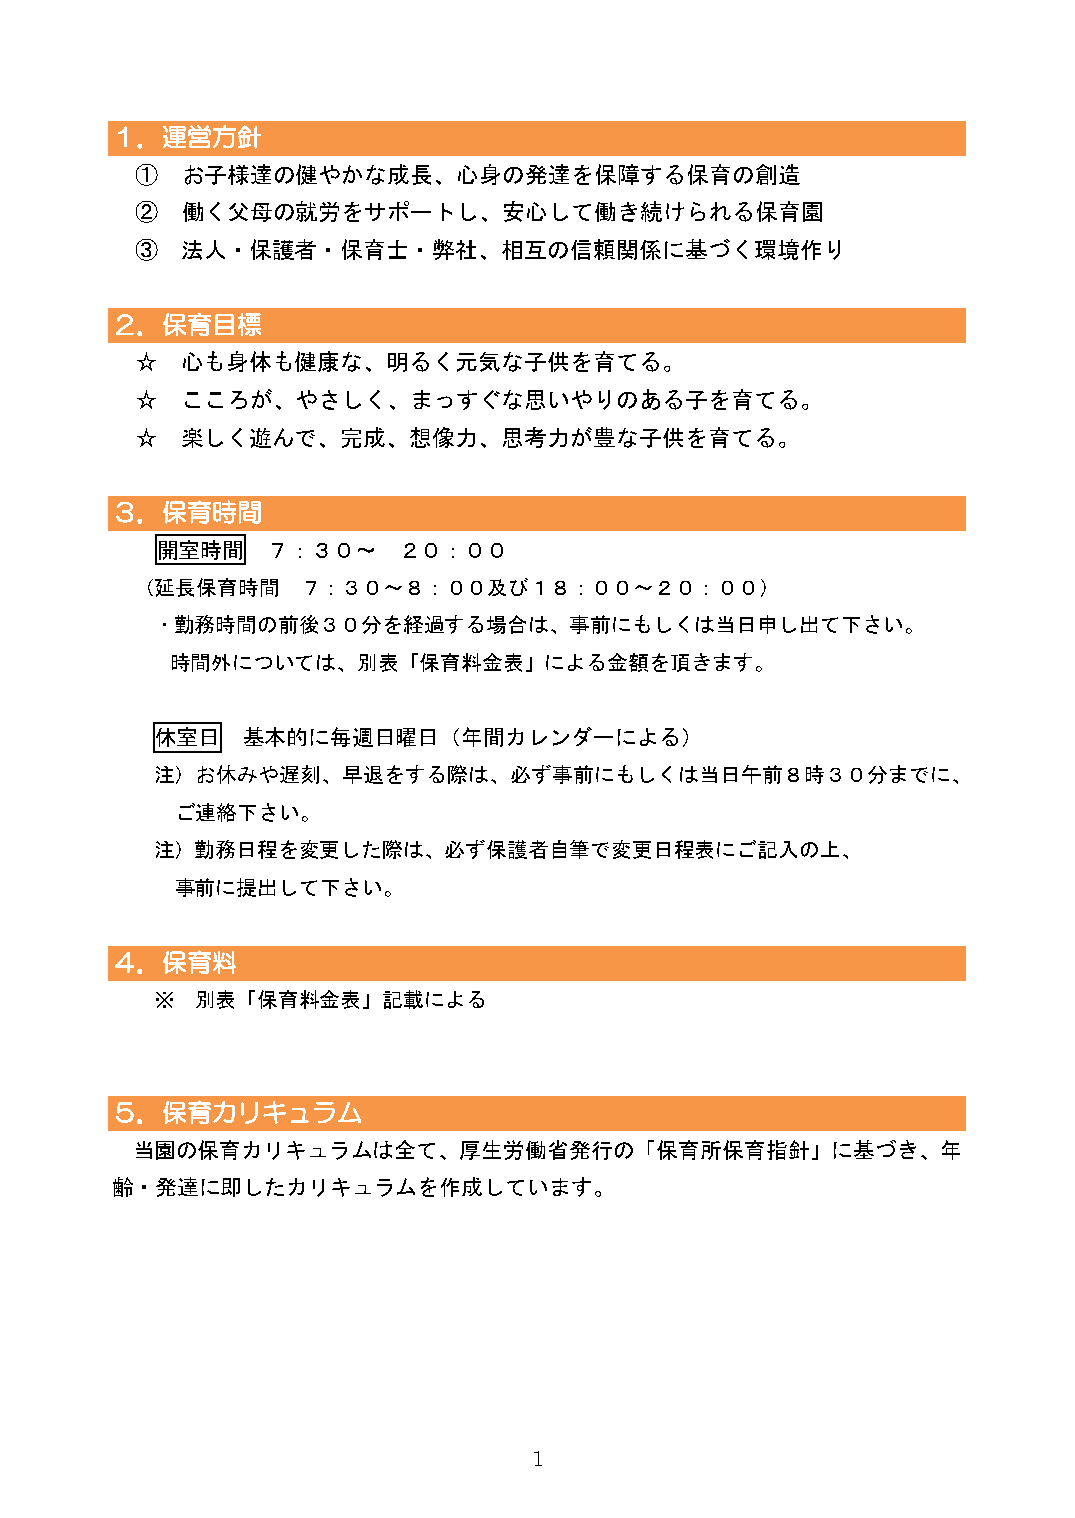
１．運営方針
 ①  お子様達の健やかな成長、心身の発達を保障する保育の創造
 ②  働く父母の就労をサポートし、安心して働き続けられる保育園
 ③  法人・保護者・保育士・弊社、相互の信頼関係に基づく環境作り
 ２．保育目標
 ☆  心も身体も健康な、明るく元気な子供を育てる。
 ☆  こころが、やさしく、まっすぐな思いやりのある子を育てる。
 ☆  楽しく遊んで、完成、想像力、思考力が豊な子供を育てる。
 ３．保育時間
 開室時間    ７：３０～   ２０：００
 （延長保育時間    ７：３０～８：００及び１８：００～２０：００）
 ・勤務時間の前後３０分を経過する場合は、事前にもしくは当日申し出て下さい。
 時間外については、別表「保育料金表」による金額を頂きます。
 休室日   基本的に毎週日曜日（年間カレンダーによる）
 注）お休みや遅刻、早退をする際は、必ず事前にもしくは当日午前８時３０分までに、
 ご連絡下さい。
 注）勤務日程を変更した際は、必ず保護者自筆で変更日程表にご記入の上、
 事前に提出して下さい。
 ４．保育料
 ※  別表「保育料金表」記載による
 ５．保育カリキュラム
 当園の保育カリキュラムは全て、厚生労働省発行の「保育所保育指針」に基づき、年
 齢・発達に即したカリキュラムを作成しています。
 1